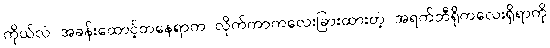
ကိုယ်လဲ အခန်းထောင့်တနေရာက လိုက်ကာကလေးခြားထားတဲ့ အရက်ဘီရိုကလေးရှိရာကို